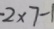
- 2 \times 7 - 1